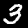
Digit: 3